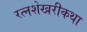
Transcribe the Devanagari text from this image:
रत्नशेखरीकथा